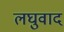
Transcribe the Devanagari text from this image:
लघुवाद